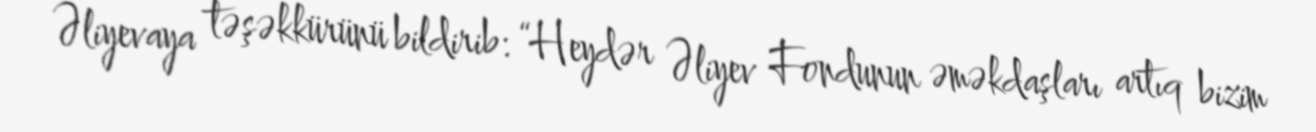
Əliyevaya təşəkkürünü bildirib: “Heydər Əliyev Fondunun əməkdaşları artıq bizim